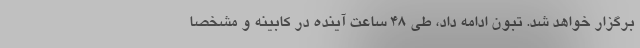
برگزار خواهد شد. تبون ادامه داد، طی ۴۸ ساعت آینده در کابینه و مشخصا